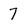
Character: 7